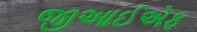
જીઆઈએફ